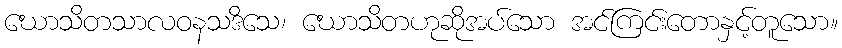
ဃောသိတသာလဝနသဒိသေ၊ ဃောသိတဟုဆိုအပ်သော အင်ကြင်းတောနှင့်တူသော။